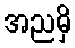
အညမှိ